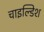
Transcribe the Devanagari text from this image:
चाइल्डिश